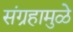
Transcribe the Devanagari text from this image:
संग्रहामुळे